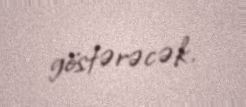
göstərəcək.